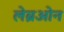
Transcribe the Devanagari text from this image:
लेब्रओन